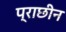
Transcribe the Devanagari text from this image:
प्राछीन